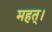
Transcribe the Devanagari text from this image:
महत्।